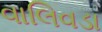
વાલિવડા